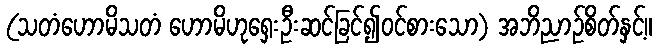
(သတံဟောမိသတံ ဟောမိဟုရှေးဦးဆင်ခြင်၍ဝင်စားသော) အဘိညာဉ်စိတ်နှင့်။